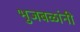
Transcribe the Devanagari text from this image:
भुजबळांनी